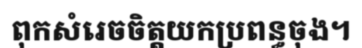
ពុកសំរេចចិត្តយកប្រពន្ធចុង។